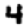
Digit: 4